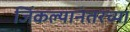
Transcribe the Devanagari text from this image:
जिंकल्यानंतरच्या